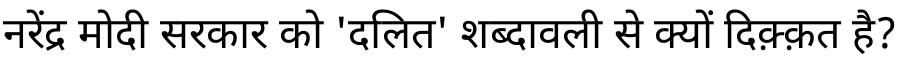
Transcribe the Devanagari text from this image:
नरेंद्र मोदी सरकार को 'दलित' शब्दावली से क्यों दिक़्क़त है?